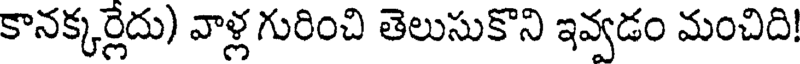
కానక్కర్లేదు) వాళ్ల గురించి తెలుసుకొని ఇవ్వడం మంచిది!